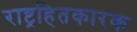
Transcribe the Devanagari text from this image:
राष्ट्रहितकारक